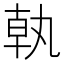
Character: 𪟵